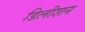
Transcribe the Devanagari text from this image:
डिलीशन